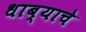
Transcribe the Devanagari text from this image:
धाब्याचे